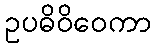
ဥပဓိဝိဝေကာ